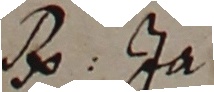
B. ga